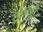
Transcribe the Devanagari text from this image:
एकानंशा